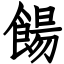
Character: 餳